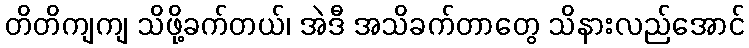
တိတိကျကျ သိဖို့ခက်တယ်၊ အဲဒီ အသိခက်တာတွေ သိနားလည်အောင်